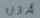
Text: U3A